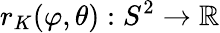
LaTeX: r_{K}(\varphi,\theta):S^{2}\to\mathbb{R}